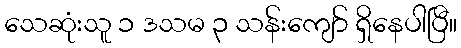
သေဆုံးသူ ၁ ဒသမ ၃ သန်းကျော် ရှိနေပါပြီ။